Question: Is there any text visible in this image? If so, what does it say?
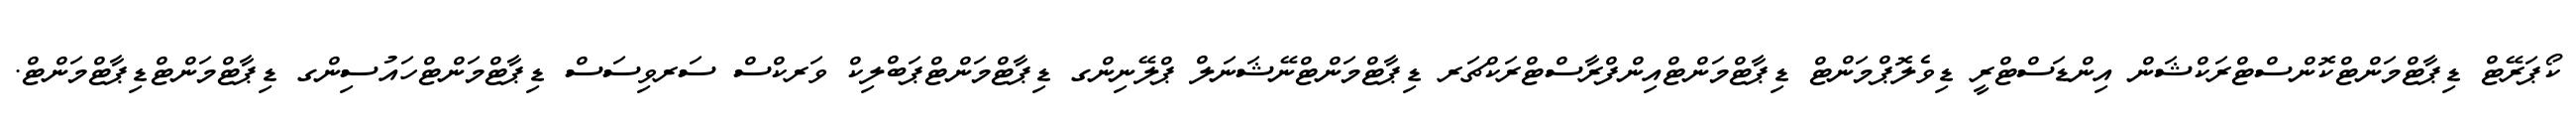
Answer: ކޯޕަރޭޓް ޑިޕާޓްމަންޓްކޮންސްޓްރަކްޝަން އިންޑަސްޓްރީ ޑިވެލޮޕްމަންޓް ޑިޕާޓްމަންޓްއިންފްރާސްޓްރަކްޗަރ ޑިޕާޓްމަންޓްނޭޝަނަލް ޕްލޭނިންގ ޑިޕާޓްމަންޓްޕަބްލިކް ވަރކްސް ސަރވިސަސް ޑިޕާޓްމަންޓްހައުސިންގ ޑިޕާޓްމަންޓްޑިޕާޓްމަންޓް.